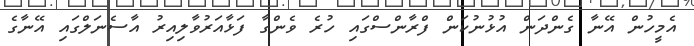
އެމީހުން އޭނާ ގެންދަން އުޅުނުކަން ފްރާންސްގައި ހުރެ ވެންގާ ފަޅާއަރުވާލިއިރު އާސެނަލްގައި އޭނާގެ